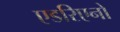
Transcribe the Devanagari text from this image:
एडरिएनो